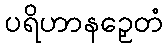
ပရိဟာနဉှေတံ